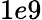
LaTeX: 1e9